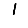
Digit: 1